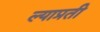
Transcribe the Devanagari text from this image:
ल्याप्रती